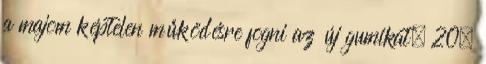
a majom képtelen működésre fogni az új gumikat. 20.